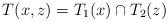
LaTeX: \begin{align*}T(x,z)=T_1(x)\cap T_2(z)\end{align*}